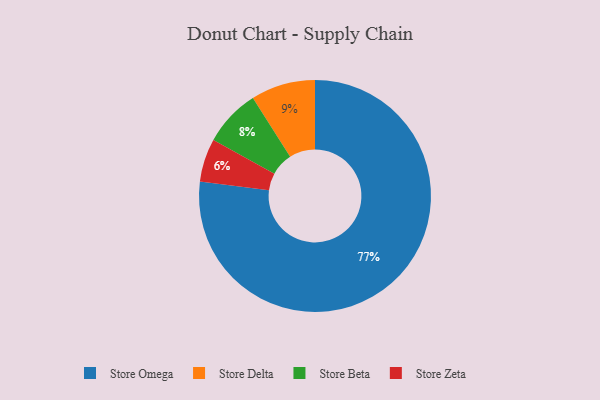
{"axis": {"x": "Category", "y": "Percentage"}, "legend": ["Store Beta", "Store Delta", "Store Omega", "Store Zeta"], "data": [{"x": "Store Delta", "y": 9, "type": "Store Delta"}, {"x": "Store Zeta", "y": 6, "type": "Store Zeta"}, {"x": "Store Beta", "y": 8, "type": "Store Beta"}, {"x": "Store Omega", "y": 77, "type": "Store Omega"}]}